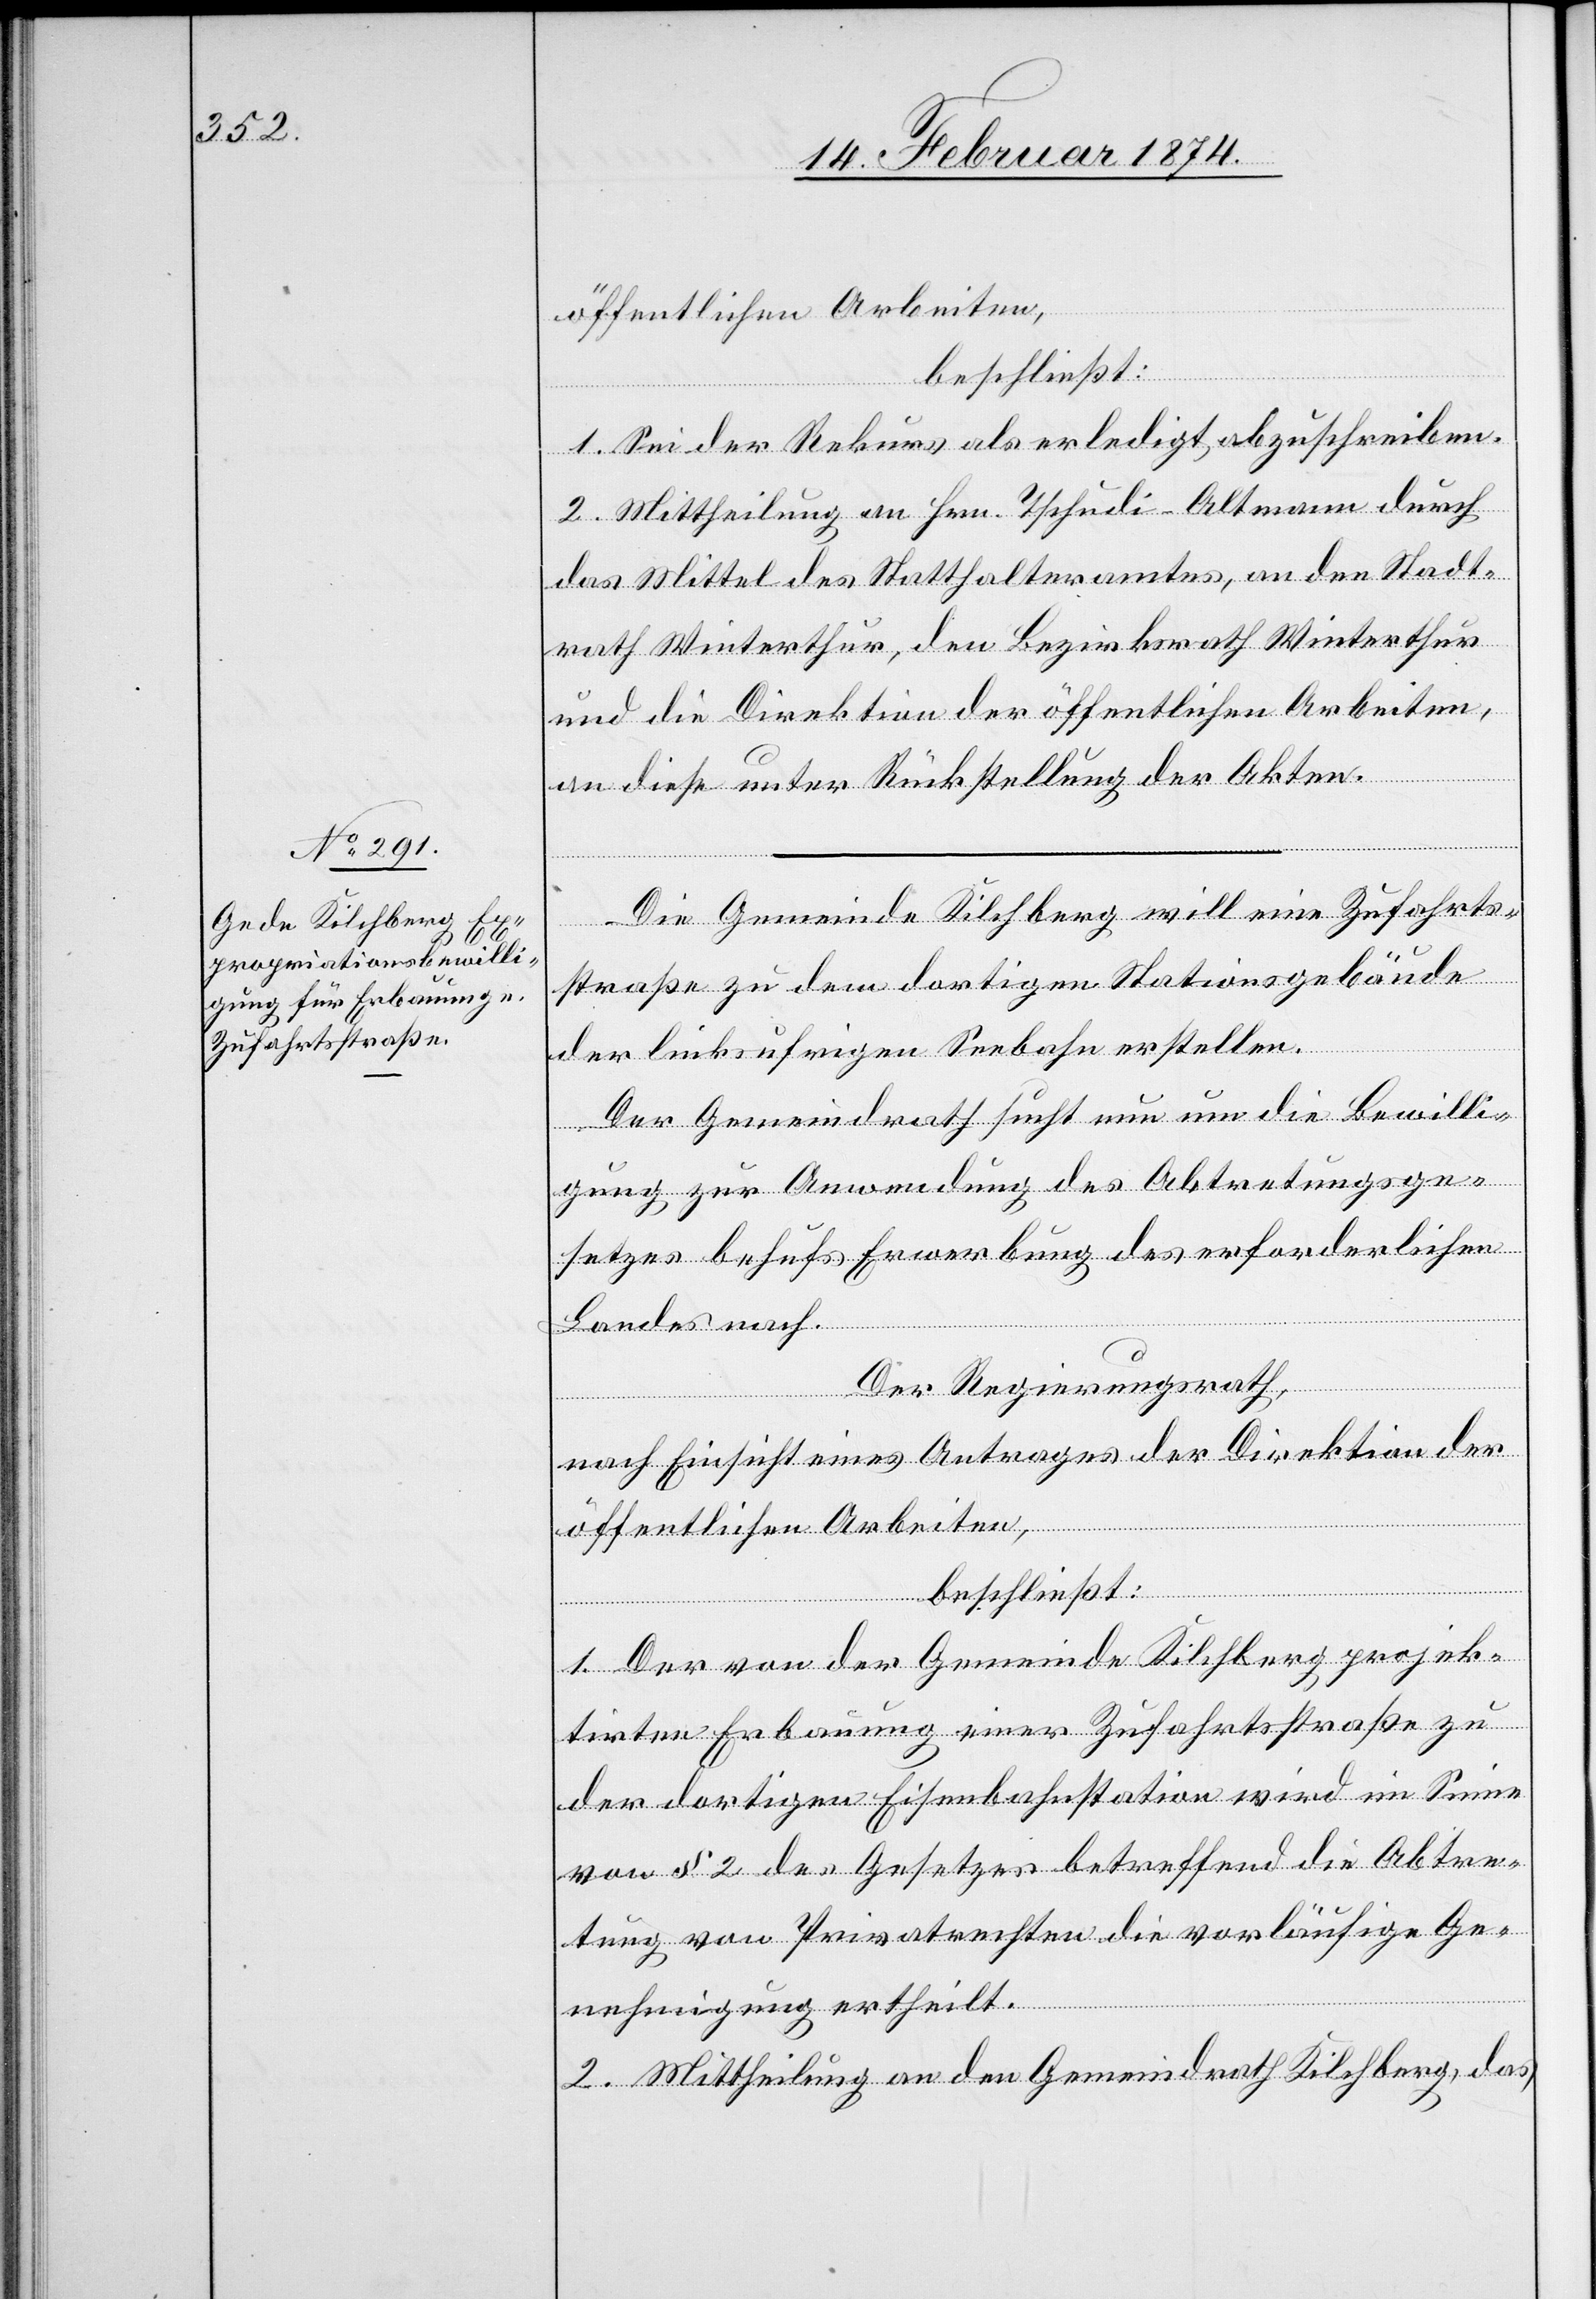
öffentlichen Arbeiten,
beschließt:
1. Sei der Rekurs als erledigt abzuschreiben.
2. Mittheilung an Hrn. Tschudi-Altmann durch
das Mittel des Statthalteramtes, an den Stadt¬
rath Winterthur, den Bezirksrath Winterthur
und die Direktion der öffentlichen Arbeiten,
an diese unter Rückstellung der Akten.
Die Gemeinde Kilchberg will eine Zufahrts¬
straße zu dem dortigen Stationsgebäude
der linksufrigen Seebahn erstellen.
Der Gemeindrath sucht nun um die Bewilli¬
gung, zur Anwendung des Abtretungsge¬
setzes behufs Erwerbung des erforderlichen
Landes nach.
Der Regierungsrath,
nach Einsicht eines Antrages der Direktion der
öffentlichen Arbeiten ,
beschließt:
1. Der von der Gemeinde Kilchberg projek¬
tirten Erbauung einer Zufahrtsstraße zu
der dortigen Eisenbahnstation wird im Sinne
von § 2 des Gesetzes betreffend die Abtre¬
tung von Privatrechten die vorläufige Ge¬
nehmigung ertheilt.
2. Mittheilung an den Gemeindrath Kilchberg, das